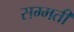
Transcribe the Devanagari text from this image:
सम्मती